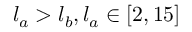
l _ { a } > l _ { b } , l _ { a } \in [ 2 , 1 5 ]